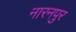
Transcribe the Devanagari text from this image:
नारनपुर